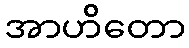
အာဟိတော